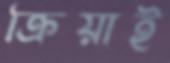
ক্রিয়াই